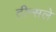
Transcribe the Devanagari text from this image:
टीन्सले